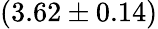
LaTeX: (3.62\pm 0.14)